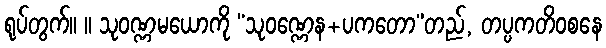
ရုပ်တွက်။ ။ သုဝဏ္ဏမယောကို “သုဝဏ္ဏေန+ပကတော”တည်, တပ္ပကတိဝစနေ